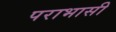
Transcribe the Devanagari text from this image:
पराभासी